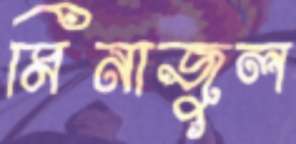
মিনাজুল